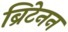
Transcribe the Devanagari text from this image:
ब्रिटेनन